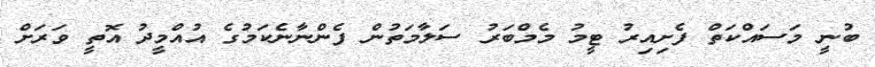
ބުނީ މަސައްކަތް ފެށިއިރު ޓީމު މެމްބަރު ސަލާމަތުން ފެންނާނެކަމުގެ އުއްމީދު އޮތީ ވަރަށް